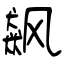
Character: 飙